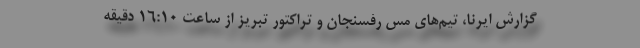
گزارش ایرنا، تیم‌های مس رفسنجان و تراکتور تبریز از ساعت ۱۶:۱۰ دقیقه